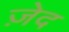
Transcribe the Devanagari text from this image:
ज़ेद